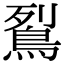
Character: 鴷